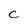
Character: c